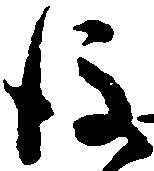
後